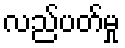
လည်ပတ်မှု